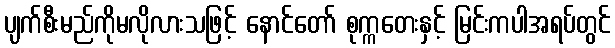
ပျက်စီးမည်ကိုမလိုလားသဖြင့် နောင်တော် စုက္ကတေးနှင့် မြင်းကပါအရပ်တွင်